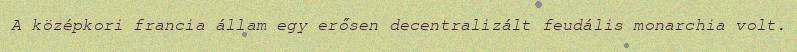
A középkori francia állam egy erősen decentralizált feudális monarchia volt.